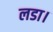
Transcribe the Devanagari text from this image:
लडा।